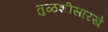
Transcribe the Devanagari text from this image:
तुळशीसारखे